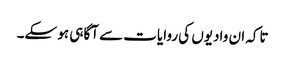
تاکہ ان وادیوں کی روایات سے آگاہی ہو سکے۔